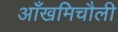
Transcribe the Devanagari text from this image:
आँखमिचौली